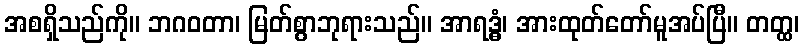
အစရှိသည်ကို။ ဘဂဝတာ၊ မြတ်စွာဘုရားသည်။ အာရဒ္ဓံ၊ အားထုတ်တော်မူအပ်ပြီ။ တတ္ထ၊